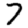
Digit: 7